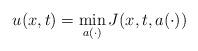
LaTeX: \begin{align*} u(x,t) = \min_{a(\cdot)} J(x,t, a(\cdot))\end{align*}